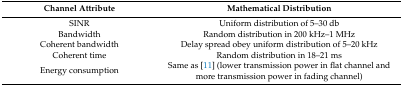
<table><thead><tr><td><b>Channel Attribute</b></td><td><b>Mathematical Distribution</b></td></tr></thead><tbody><tr><td>SINR</td><td>Uniform distribution of 5–30 db</td></tr><tr><td>Bandwidth</td><td>Random distribution in 200 kHz–1 MHz</td></tr><tr><td>Coherent bandwidth</td><td>Delay spread obey uniform distribution of 5–20 kHz</td></tr><tr><td>Coherent time</td><td>Random distribution in 18–21 ms</td></tr><tr><td>Energy consumption</td><td>Same as [11] (lower transmission power in flat channel and more transmission power in fading channel)</td></tr></tbody></table>